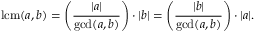
\operatorname { l c m } ( a , b ) = \left( { \frac { | a | } { \operatorname* { g c d } ( a , b ) } } \right) \cdot | b | = \left( { \frac { | b | } { \operatorname* { g c d } ( a , b ) } } \right) \cdot | a | .